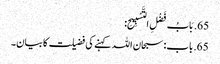
65. بَابُ فَضْلِ التَّسْبِیحِ:
65. باب: سبحان اللہ کہنے کی فضیلت کا بیان۔